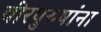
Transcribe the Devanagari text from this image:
वीरपुरुषांना